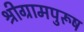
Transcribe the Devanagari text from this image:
श्रीग्रामपुरूष